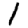
Digit: 1